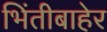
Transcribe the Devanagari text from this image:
भिंतीबाहेर